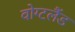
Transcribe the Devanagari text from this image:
वोग्टलैंड